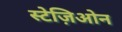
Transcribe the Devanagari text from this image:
स्टेज़िओन